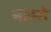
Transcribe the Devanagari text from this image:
नास्‍ते